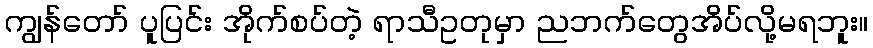
ကျွန်တော် ပူပြင်း အိုက်စပ်တဲ့ ရာသီဥတုမှာ ညဘက်တွေအိပ်လို့မရဘူး။